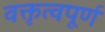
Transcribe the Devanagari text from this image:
वक्तृत्वपूर्ण